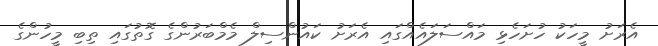
އެރަށު މީހަކު ހުށަހެޅި މައްސަލައެއްގައި އެރަށު ކައުންސިލް މެމްބަރުންގެ ގޮތުގައި ތިބި މީހުންގެ